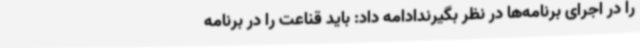
را در اجرای برنامه‌ها در نظر بگیرندادامه داد: باید قناعت را در برنامه